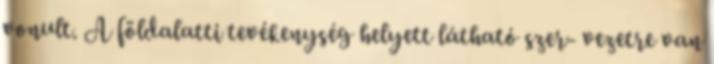
vonult. A földalatti tevékenység helyett látható szer- vezetre van